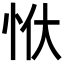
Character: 𭜠